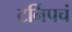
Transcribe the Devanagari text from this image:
टर्निपचं